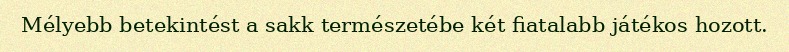
Mélyebb betekintést a sakk természetébe két fiatalabb játékos hozott.